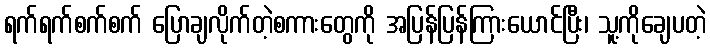
ရက်ရက်စက်စက် ပြောချလိုက်တဲ့စကားတွေကို အပြန်ပြန်ကြားယောင်ပြီး၊ သူ့ကိုချေပတဲ့